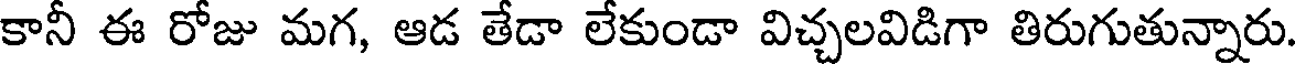
కానీ ఈ రోజు మగ, ఆడ తేడా లేకుండా విచ్చలవిడిగా తిరుగుతున్నారు